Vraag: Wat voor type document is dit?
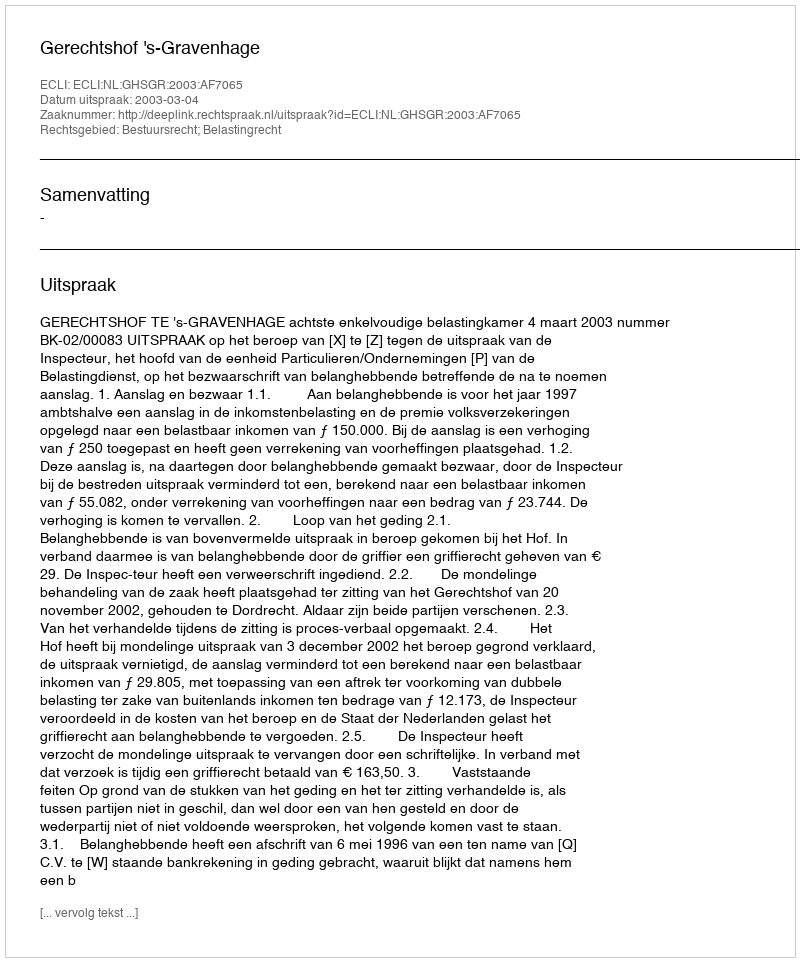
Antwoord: Uitspraak